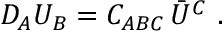
{ \cal D } _ { A } U _ { B } = C _ { A B C } \, \bar { U } ^ { C } \ .